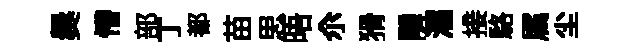
爨懵部丁都苗思晤尒猾隣濡接駱属尘